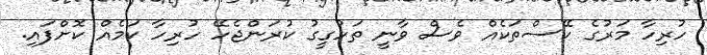
ހުރިހާ މަރުގެ ކޭސްތަކެއް ވެސް ވާނީ ތަހުގީގު ކުރަންޖެހޭ ހުރިހާ ކަމެއް ކޮށްފައި.